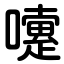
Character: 嚔